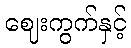
ဈေးကွက်နှင့်